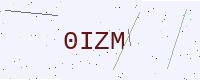
Text: 0IZM